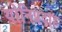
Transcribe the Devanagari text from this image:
योनिप्रदाह